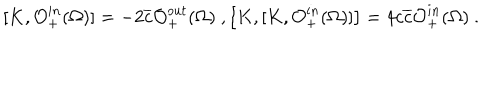
[ K , \mathcal { O } _ { + } ^ { i n } ( \Omega ) ] = - 2 \overline { { { c } } } \mathcal { O } _ { + } ^ { o u t } ( \Omega ) \ , \left[ K , [ K , \mathcal { O } _ { + } ^ { i n } ( \Omega ) ] \right] = 4 c \overline { { { c } } } \mathcal { O } _ { + } ^ { i n } ( \Omega ) \ .